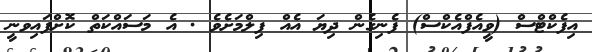
އިފެކްޓްސް (ވީއެފްއެކްސް) ފެނިގެން ދިޔަ އެއް ފިލްމަށެވެ . އެ މަސައްކަތް ކޮށްފައިވނީ